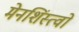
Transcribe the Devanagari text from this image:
मेनशिंस्त्वों